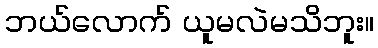
ဘယ်လောက် ယူမလဲမသိဘူး။